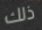
ذلك